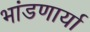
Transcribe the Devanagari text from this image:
भांडणार्या